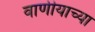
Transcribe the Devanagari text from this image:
वाणीयाच्या